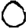
Digit: 0